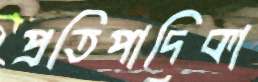
প্রতিপাদিকা